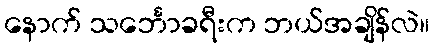
နောက် သင်္ဘောခရီးက ဘယ်အချိန်လဲ။